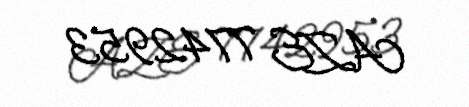
AZE 7742953